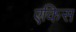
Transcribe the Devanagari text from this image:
एकिस